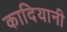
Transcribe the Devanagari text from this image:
कादियानी